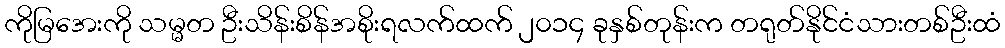
ကိုမြအေးကို သမ္မတ ဦးသိန်းစိန်အစိုးရလက်ထက် ၂၀၁၄ ခုနှစ်တုန်းက တရုတ်နိုင်ငံသားတစ်ဦးထံ